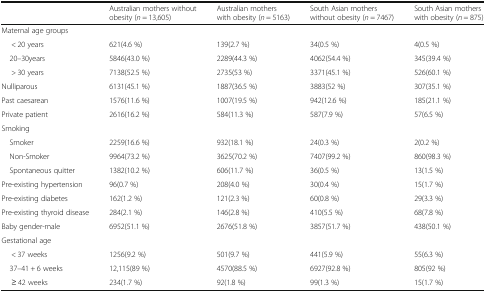
|  | Australian mothers without obesity (n = 13,605) | Australian mothers with obesity (n = 5163) | South Asian mothers without obesity (n = 7467) | South Asian mothers with obesity (n = 875) |
 | --- | --- | --- | --- | --- |
 | <COLSPAN=5> Maternal age groups |
 | < 20 years | 621(4.6 %) | 139(2.7 %) | 34(0.5 %) | 4(0.5 %) |
 | 20–30years | 5846(43.0 %) | 2289(44.3 %) | 4062(54.4 %) | 345(39.4 %) |
 | > 30 years | 7138(52.5 %) | 2735(53 %) | 3371(45.1 %) | 526(60.1 %) |
 | Nulliparous | 6131(45.1 %) | 1887(36.5 %) | 3883(52 %) | 307(35.1 %) |
 | Past caesarean | 1576(11.6 %) | 1007(19.5 %) | 942(12.6 %) | 185(21.1 %) |
 | Private patient | 2616(16.2 %) | 584(11.3 %) | 587(7.9 %) | 57(6.5 %) |
 | <COLSPAN=5> Smoking |
 | Smoker | 2259(16.6 %) | 932(18.1 %) | 24(0.3 %) | 2(0.2 %) |
 | Non-Smoker | 9964(73.2 %) | 3625(70.2 %) | 7407(99.2 %) | 860(98.3 %) |
 | Spontaneous quitter | 1382(10.2 %) | 606(11.7 %) | 36(0.5 %) | 13(1.5 %) |
 | Pre-existing hypertension | 96(0.7 %) | 208(4.0 %) | 30(0.4 %) | 15(1.7 %) |
 | Pre-existing diabetes | 162(1.2 %) | 121(2.3 %) | 60(0.8 %) | 29(3.3 %) |
 | Pre-existing thyroid disease | 284(2.1 %) | 146(2.8 %) | 410(5.5 %) | 68(7.8 %) |
 | Baby gender-male | 6952(51.1 %) | 2676(51.8 %) | 3857(51.7 %) | 438(50.1 %) |
 | <COLSPAN=5> Gestational age |
 | < 37 weeks | 1256(9.2 %) | 501(9.7 %) | 441(5.9 %) | 55(6.3 %) |
 | 37–41 + 6 weeks | 12,115(89 %) | 4570(88.5 %) | 6927(92.8 %) | 805(92 %) |
 | ≥ 42 weeks | 234(1.7 %) | 92(1.8 %) | 99(1.3 %) | 15(1.7 %) |